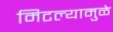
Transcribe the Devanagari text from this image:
मिटल्यामुळे